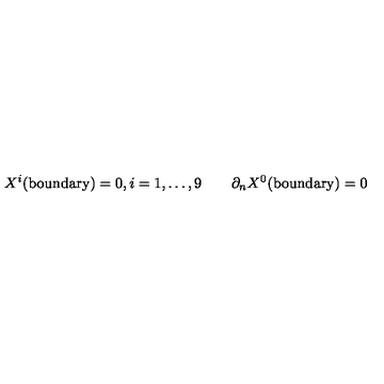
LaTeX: X ^ { i } ( \mathrm { b o u n d a r y } ) = 0 , i = 1 , \dots , 9 \qquad \partial _ { n } X ^ { 0 } ( \mathrm { b o u n d a r y } ) = 0